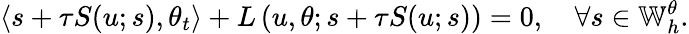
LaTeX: \left\langle s+\tau S(u;s),\theta_{t}\right\rangle+L\left(u,\theta;s+\tau S(u;s)\right)=0,\quad\forall s\in\mathbb{W}_{h}^{\theta}.